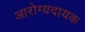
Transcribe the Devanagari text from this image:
आरोग्यदायक